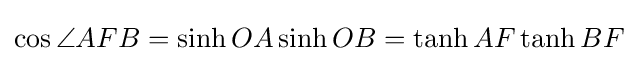
\cos \angle AFB=\sinh OA\sinh OB=\tanh AF\tanh BF